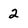
Character: 2